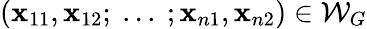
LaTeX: (\mathbf{x}_{11},\mathbf{x}_{12};~...~;\mathbf{x}_{n1},\mathbf{x}_{n2})\in\mathcal{{W}}_{G}